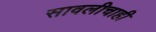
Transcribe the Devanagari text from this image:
सावलीचाही